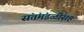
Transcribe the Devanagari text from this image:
संतंमंडळींसह